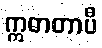
ဣဓာတာပီ